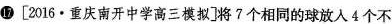
17 [2016·重庆南开中学高三模拟]将?个相同的球放入4个不